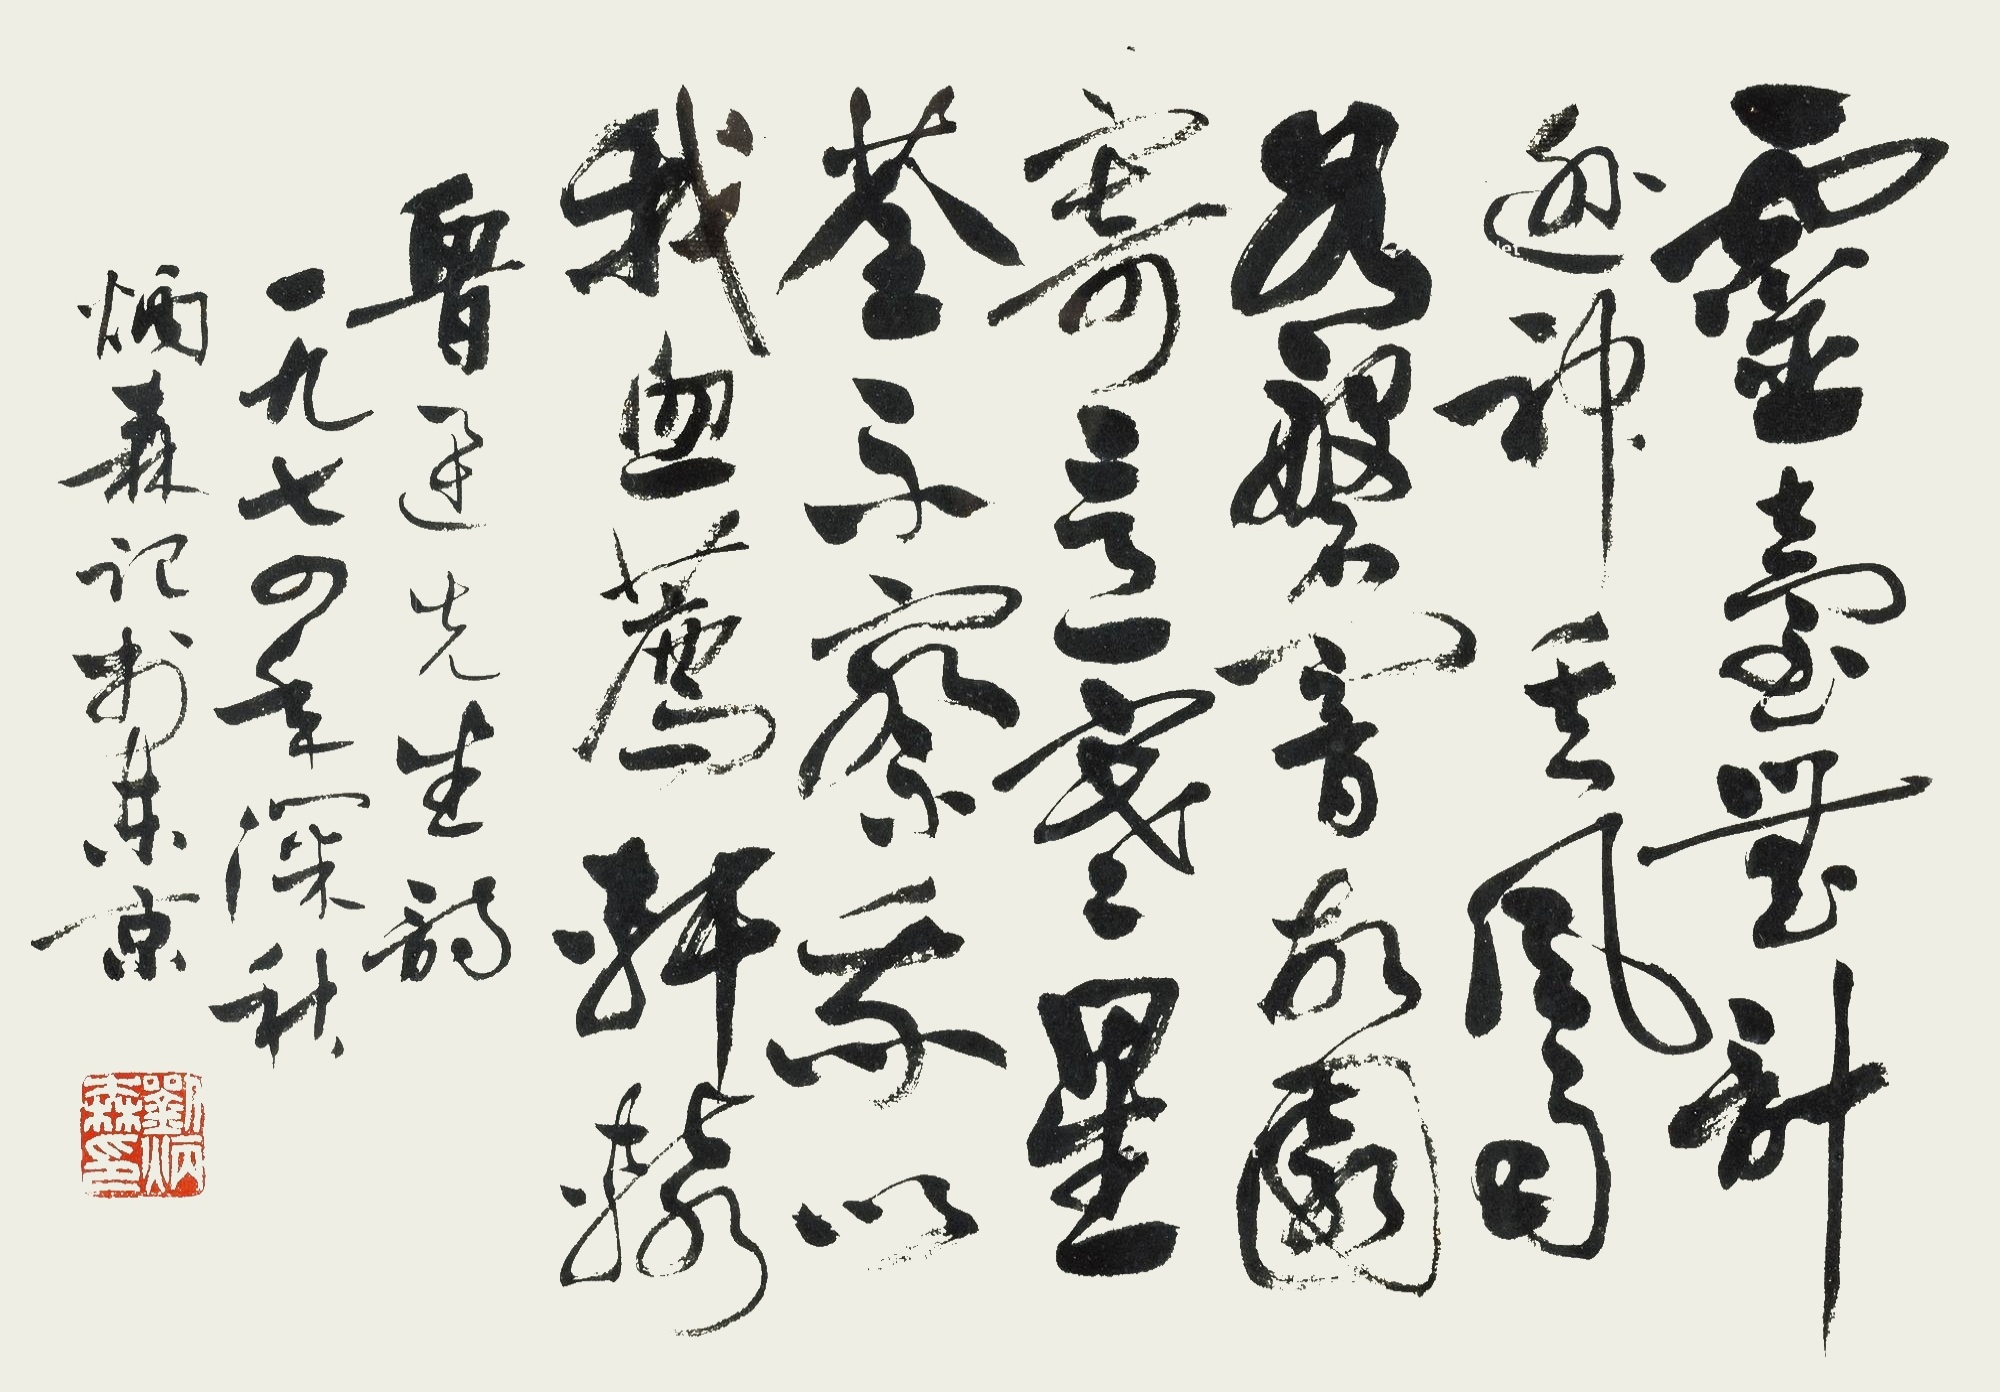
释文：灵台无计逃神矢，风雨如磐暗故园。寄意寒星荃不察，我以我血荐轩辕。鲁迅先生诗。一九七四年深秋，炳森记于东京。